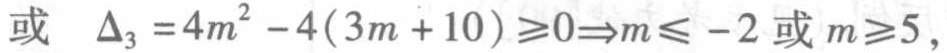
或 $\Delta_{3}=4m^{2}-4(3m + 10)\geqslant0\Rightarrow m\leqslant - 2\text{ 或 }m\geqslant5,$